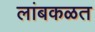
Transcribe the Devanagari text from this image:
लांबकळत